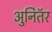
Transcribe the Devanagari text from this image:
अुनितॅर